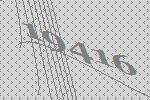
19416